Report on the Civil Veterinary Department, Eastern Bengal and Assam - 1907-1911
Year: 1907
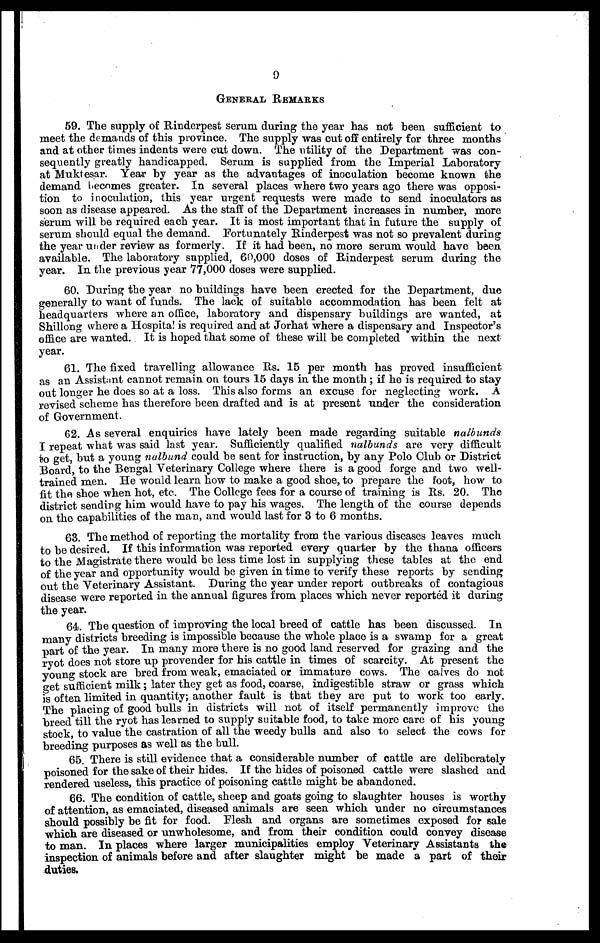
9
GENERAL
REMARKS
59. The supply of Rinderpest serum during the year has not been sufficient to
meet the demands of this province. The supply was cut off entirely for three months
and at other times indents were cut down. The utility of the Department was con-
sequently greatly handicapped. Serum is supplied from the Imperial Laboratory
at Muktesar. Year by year as the advantages of inoculation become known the
demand becomes greater. In several places where two years ago there was opposi-
tion to inoculation, this year urgent requests were made to send inoculators as
soon as disease appeared. As the staff of the Department increases in number, more
serum will be required each year. It is most important that in future the supply of
serum should equal the demand. Fortunately Rinderpest was not so prevalent during
the year under review as formerly. If it had been, no more serum would have been
available. The laboratory supplied, 60,000 doses of Rinderpest serum during the
year. In the previous year 77,000 doses were supplied.
60. During the year no buildings have been erected for the Department, due
generally to want of funds. The lack of suitable accommodation has been felt at
headquarters where an office, laboratory and dispensary buildings are wanted, at
Shillong where a Hospital is required and at Jorhat where a dispensary and Inspector's
office are wanted. It is hoped that some of these will be completed within the next
year.
61. The fixed travelling allowance Rs. 15 per month has proved insufficient
as an Assistant cannot remain on tours 15 days in the month; if he is required to stay
out longer he does so at a loss. This also forms an excuse for neglecting work. A
revised scheme has therefore been drafted and is at present under the consideration
of Government.
62. As several enquiries have lately been made regarding suitable nalbunds
I repeat what was said last year. Sufficiently qualified nalbunds are very difficult
to get, but a young nalbund could be sent for instruction, by any Polo Club or District
Board, to the Bengal Veterinary College where there is a good forge and two well-
trained men. He would learn how to make a good shoe, to prepare the foot, how to
fit the shoe when hot, etc. The College fees for a course of training is Rs. 20. The
district sending him would have to pay his wages. The length of the course depends
on the capabilities of the man, and would last for 3 to 6 months.
63. The method of reporting the mortality from the various diseases leaves much
to be desired. If this information was reported every quarter by the thana officers
to the Magistrate there would be less time lost in supplying these tables at the end
of the year and opportunity would be given in time to verify these reports by sending
out the Veterinary Assistant. During the year under report outbreaks of contagious
disease were reported in the annual figures from places which never reported it during
the year.
64. The question of improving the local breed of cattle has been discussed. In
many districts breeding is impossible because the whole place is a swamp for a great
part of the year. In many more there is no good land reserved for grazing and the
ryot does not store up provender for his cattle in times of scarcity. At present the
young stock are bred from weak, emaciated or immature cows. The calves do not
get sufficient milk; later they get as food, coarse, indigestible straw or grass which
is often limited in quantity; another fault is that they are put to work too early.
The placing of good bulls in districts will not of itself permanently improve the
breed till the ryot has learned to supply suitable food, to take more care of his young
stock, to value the castration of all the weedy bulls and also to select the cows for
breeding purposes as well as the bull.
65. There is still evidence that a considerable number of cattle are deliberately
poisoned for the sake of their hides. If the hides of poisoned cattle were slashed and
rendered useless, this practice of poisoning cattle might be abandoned.
66. The condition of cattle, sheep and goats going to slaughter houses is worthy
of attention, as emaciated, diseased animals are seen which under no circumstances
should possibly be fit for food. Flesh and organs are sometimes exposed for sale
which are diseased or unwholesome, and from their condition could convey disease
to man. In places where larger municipalities employ Veterinary Assistants the
inspection of animals before and after slaughter might be made a part of their
duties.